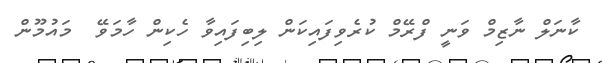
ކާނަލް ނާޒިމް ވަނީ ފްރޭމް ކުރެވިފައިކަން ލިބިފައިވާ ހެކިން ހާމަވޭ  މައުމޫން